Scottish Leaving Certificate Examination, 1960
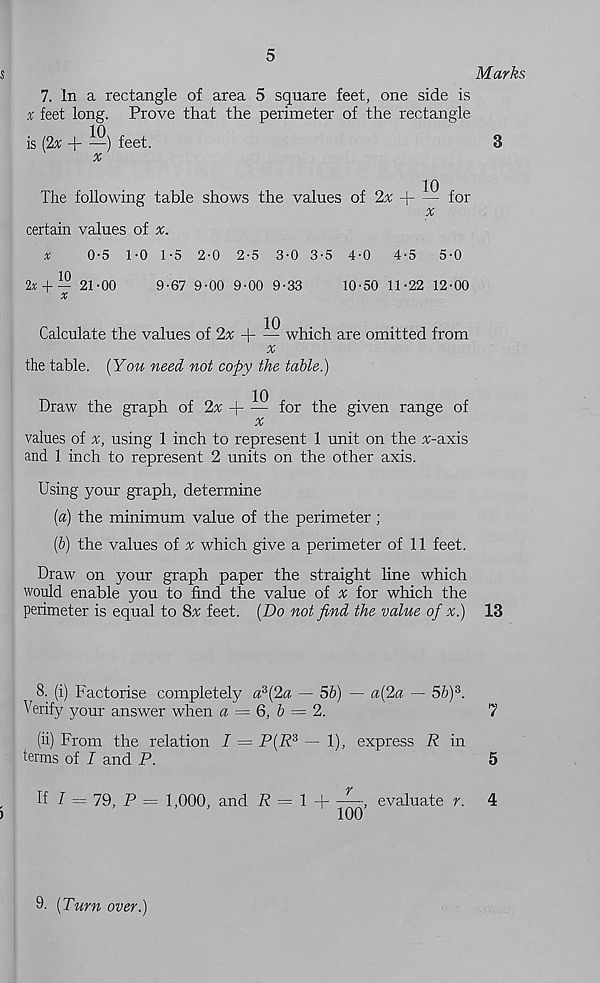
5
Marks
s
7. In a rectangle of area 5 square feet, one side is
x feet long. Prove that the perimeter of the rectangle
is (2% + —) feet.
3
x
The following table shows the values of 2^ + — for
x
certain values of x.
x
0-5 1-0 1-5 2-0 2-5 3-0 3-5 4-0
4-5
5-0
2* + — 21-00
9-67 9-00 9-00 9-33
10-50 11-22 12-00
x
Calculate the values of 2^ + — which are omitted from
x
the table. [You need not copy the table.)
Draw the graph of 2% + — for the given range of
%
values of x, using 1 inch to represent 1 unit on the ^-axis
and 1 inch to represent 2 units on the other axis.
Using your graph, determine
[a) the minimum value of the perimeter;
ip) the values of % which give a perimeter of 11 feet.
Draw on your graph paper the straight line which
would enable you to find the value of x for which the
perimeter is equal to 8% feet. [Do not find the value of x.) 13
8. (i) Factorise completely a 3 (2« — 5b) — a[2a — 5&) 3 .
Verify your answer when a = 6, b = 2.
7
(ii) From the relation I = P[R 3 — 1), express R in
terms of I and P.
5
,
If I ~ 79, P = 1,000, and 2? = 1 -|——evaluate r.
4
)
100
9. [Turn over.)